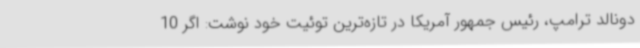
دونالد ترامپ، رئیس جمهور آمریکا در تازه‌ترین توئیت خود نوشت: اگر 10